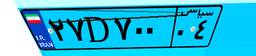
۴۵D۴۴۶۲۳